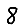
Digit: 8